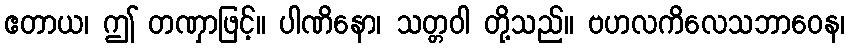
ဧတာယ၊ ဤ တဏှာဖြင့်။ ပါဏိနော၊ သတ္တဝါ တို့သည်။ ဗဟလကိလေသဘာဝေန၊